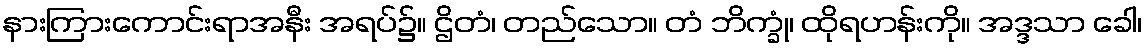
နားကြားကောင်းရာအနီး အရပ်၌။ ဌိတံ၊ တည်သော။ တံ ဘိက္ခုံ၊ ထိုရဟန်းကို။ အဒ္ဒသာ ခေါ၊